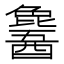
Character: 𬪹